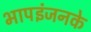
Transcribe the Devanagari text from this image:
भापइंजनके